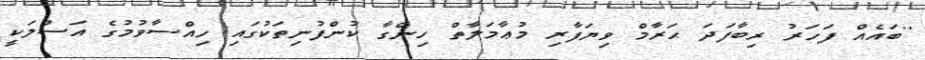
''ބައެއް ފަހަރު ރިބާފަދަ ޙަރާމް ވިޔަފާރި މުޢާމަލާތް ހިންގާ ކުންފުނިތަކުގައި ހިއްސާވުމުގެ އަސްލަކީ